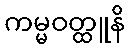
ကမ္မဝတ္ထူနိ